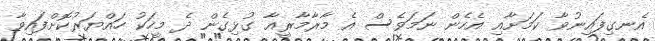
އެނގިފައިނުވާ ކަމަށާއި އެހެން ނަމަވެސް އެ މާރާމާރީއާ ގުޅިގެން ދެ މީހަކު ހައްޔަރުކޮށްފައިވާ